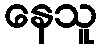
နေသူ